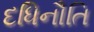
દધિનૌતિ